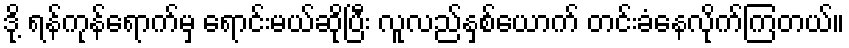
ဒို့ ရန်ကုန်ရောက်မှ ရောင်းမယ်ဆိုပြီး လူလည်နှစ်ယောက် တင်းခံနေလိုက်ကြတယ်။